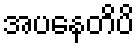
အပနေတိပိ